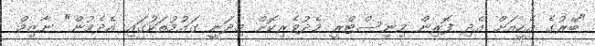
"ބޭރުގެ އެހީއަށް އެދި ފޮރިން މިނިސްޓްރީ މެދުވެރިކޮށް މިދަނީ ގައުމުތަކުގައި އެދެމުން" ނާޒިމް